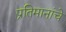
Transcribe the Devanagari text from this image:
प्रतिमानांचे